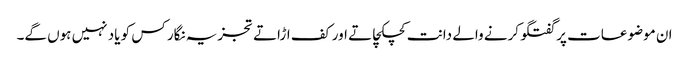
ان موضوعات پر گفتگو کرنے والے دانت کچکچاتے اور کف اڑاتے تجزیہ نگار کس کو یاد نہیں ہوں گے۔